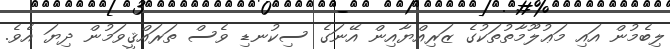
ލިބެމުން އައި މަޢުލޫމާތުތަކުގެ ޒަރިއްޔާއިން އޭނަގެ ސިކުނޑި ވެސް ތަރައްޤީވަމުން ދިޔަ އެވެ.